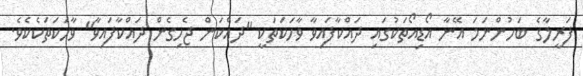
ފަރީލާގެ ބަހުންނަމަ އޭނާ އޯޑިއޯތަކުގައި ދައްކާފައިވާ ވާހަކަތަކީ "ދައްކަން ޖެހިގެން ދައްކާފައިވާ" ވާހަކަތަކެކެވެ.